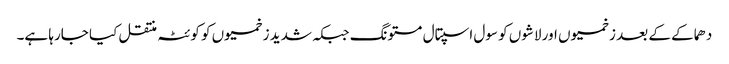
دھماکے کے بعد زخمیوں اور لاشوں کو سول اسپتال مستونگ جبکہ شدید زخمیوں کو کوئٹہ منتقل کیا جارہا ہے۔